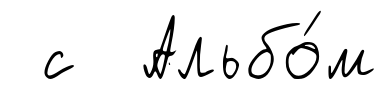
с Альбо́м